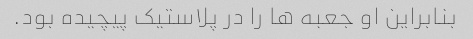
بنابراین او جعبه ها را در پلاستیک پیچیده بود.